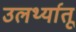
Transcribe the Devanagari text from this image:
उलर्थ्यातू